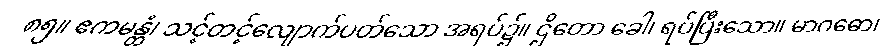
၈၅။ ဧကမန္တံ၊ သင့်တင့်လျောက်ပတ်သော အရပ်၌။ ဌိတော ခေါ၊ ရပ်ပြီးသော။ မာဂဓော၊